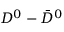
D ^ { 0 } - \bar { D } ^ { 0 }